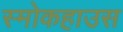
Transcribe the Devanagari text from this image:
स्मोकहाउस